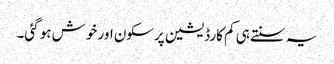
یہ سنتے ہی کم کارڈیشین پرسکون اور خوش ہو گئی۔